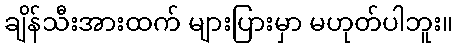
ချိန်သီးအားထက် များပြားမှာ မဟုတ်ပါဘူး။